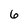
Character: 6